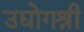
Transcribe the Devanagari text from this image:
उद्योगश्री